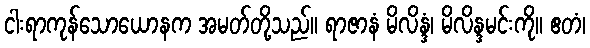
ငါးရာကုန်သောယောနက အမတ်တို့သည်။ ရာဇာနံ မိလိန္ဒံ၊ မိလိန္ဒမင်းကို။ ဧတံ၊